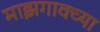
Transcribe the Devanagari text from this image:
माझगावच्या